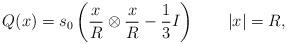
LaTeX: \begin{align*}Q(x)=s_0\left(\frac x R \otimes \frac x R - \frac 13 I \right) \qquad|x|=R,\end{align*}